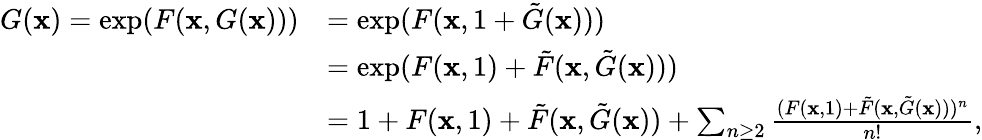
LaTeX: \begin{array}{rl}{G(\mathbf{x})=\exp(F(\mathbf{x},G(\mathbf{x})))}&{=\exp(F(\mathbf{x},1+\tilde{G}(\mathbf{x})))}\\ &{=\exp(F(\mathbf{x},1)+\tilde{F}(\mathbf{x},\tilde{G}(\mathbf{x})))}\\ &{=1+F(\mathbf{x},1)+\tilde{F}(\mathbf{x},\tilde{G}(\mathbf{x}))+\sum_{n\geq 2}\frac{(F(\mathbf{x},1)+\tilde{F}(\mathbf{x},\tilde{G}(\mathbf{x})))^{n}}{n!},}\end{array}